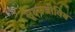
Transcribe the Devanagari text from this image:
सूक्ष्मजीविय